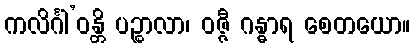
ကလိင်္ဂါ’ဝန္တိ ပဉ္စာလာ၊ ဝဇ္ဇီ ဂန္ဓာရ စေတယော။